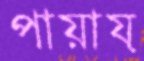
পায়ায়